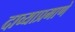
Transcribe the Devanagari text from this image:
दाव्याप्रमाणे